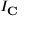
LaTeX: I _ { \mathbf { C } }